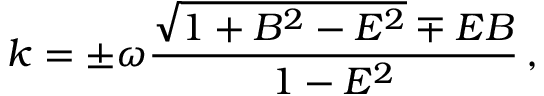
k = \pm \omega \frac { \sqrt { 1 + B ^ { 2 } - E ^ { 2 } } \mp E B } { 1 - E ^ { 2 } } \, ,